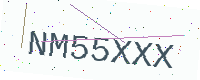
Text: NM55XXX